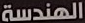
الهندسة